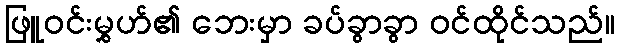
ဖြူဝင်းမွှဟ်၏ ဘေးမှာ ခပ်ခွာခွာ ဝင်ထိုင်သည်။